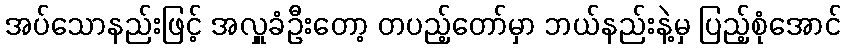
အပ်သောနည်းဖြင့် အလှူခံဦးတော့ တပည့်တော်မှာ ဘယ်နည်းနဲ့မှ ပြည့်စုံအောင်